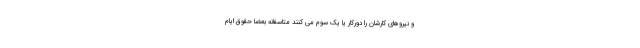
و نیروهای کارشان را دورکار یا یک سوم می کنند متاسفانه بعضا حقوق ایام